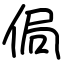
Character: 侷